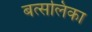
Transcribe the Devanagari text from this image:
बत्सलिका